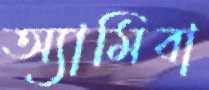
অ্যামিবা